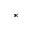
^ *